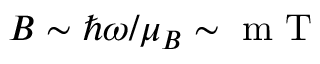
B \sim \hbar \omega / \mu _ { B } \sim \mathrm { ~ m ~ T ~ }